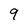
Character: 9